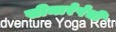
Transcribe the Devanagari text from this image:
सीमारेषेची